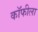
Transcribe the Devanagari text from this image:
कॉफीला